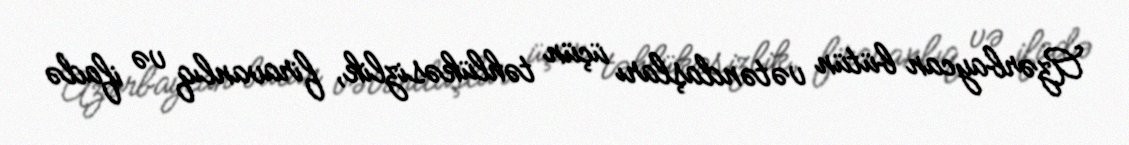
Azərbaycan bütün vətəndaşları üçün təhlükəsizlik, firavanlıq və ifadə